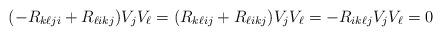
LaTeX: \begin{align*}( - R_{k\ell ji } + R_{\ell i k j} ) V_j V_\ell =( R_{k\ell ij} + R_{\ell i kj} ) V_j V_\ell= -R_{ik\ell j} V_j V_\ell =0\end{align*}